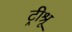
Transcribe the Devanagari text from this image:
ट्रीश्रू